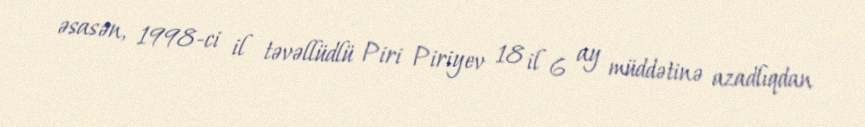
əsasən, 1998-ci il təvəllüdlü Piri Piriyev 18 il 6 ay müddətinə azadlıqdan